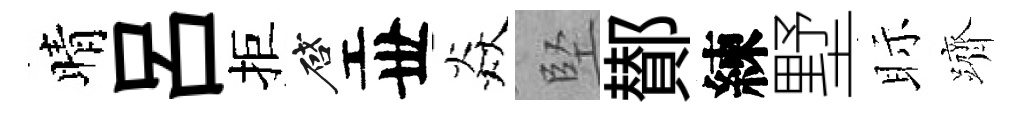
晴呂拒啓丗焱堅鄼練墅眎躋